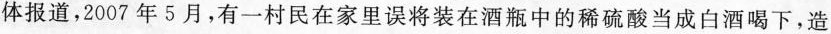
报道，2007年5月，有一村民在家里误将装在酒瓶中的稀硫酸当成白酒喝下，造